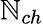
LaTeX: \mathbb{N}_{ch}